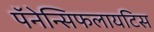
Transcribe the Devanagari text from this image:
पॅनेन्सिफलायटिस